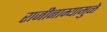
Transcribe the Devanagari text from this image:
राजीनाम्यामुळे